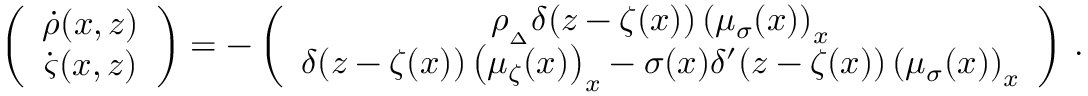
\left( \begin{array} { c } { \bigskip \dot { \rho } ( x , z ) } \\ { \dot { \varsigma } ( x , z ) } \end{array} \right) = - \left( \begin{array} { c } { \medskip \rho _ { _ { \Delta } } \delta ( z - \zeta ( x ) ) \left( \mu _ { { \sigma } } ( x ) \right) _ { x } } \\ { \delta ( z - \zeta ( x ) ) \left( \mu _ { \zeta } ( x ) \right) _ { x } - { \sigma } ( x ) \delta ^ { \prime } ( z - \zeta ( x ) ) \left( \mu _ { { \sigma } } ( x ) \right) _ { x } } \end{array} \right) \, .